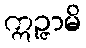
ဣဉ္ဇာမိ